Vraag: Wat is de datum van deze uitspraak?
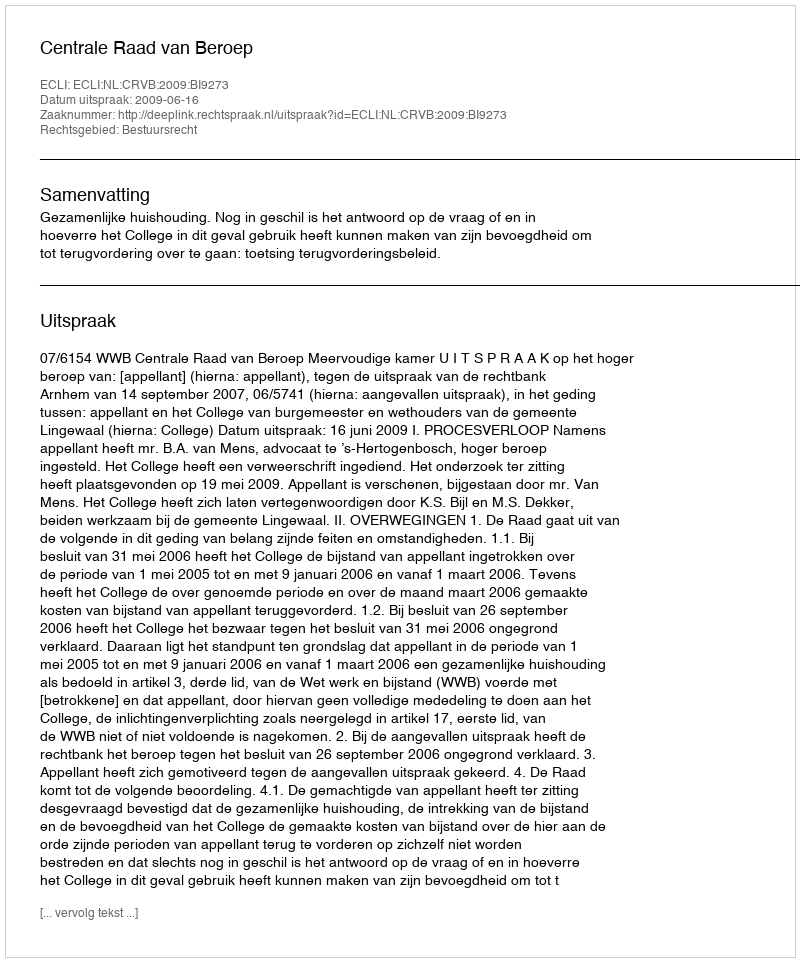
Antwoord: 2009-06-16